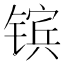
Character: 镔